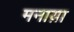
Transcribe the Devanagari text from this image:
मनाय़ा